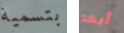
بتسمية أبعد